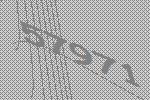
57971